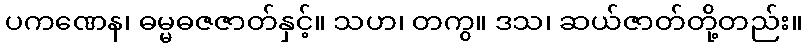
ပကဏေန၊ ဓမ္မဓဇဇာတ်နှင့်။ သဟ၊ တကွ။ ဒသ၊ ဆယ်ဇာတ်တို့တည်း။